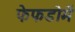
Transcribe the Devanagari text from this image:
फेफडोमें